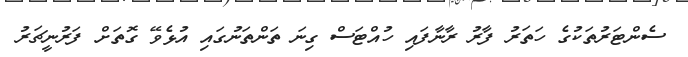
ސެންޓަރުތަކުގެ ހަތަރު ފާރު ރާނާފައި ހުއްޓަސް ގިނަ ތަންތަނުގައި އުޅެވޭ ގޮތަށް ފަރުނީޗަރު